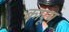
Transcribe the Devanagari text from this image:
कारूप